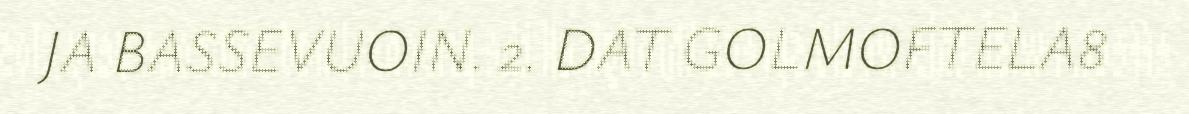
JA BASSEVUOIN. 2. DAT GOLMOFTELA8